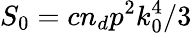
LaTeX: S_{0}=cn_{d}p^{2}k_{0}^{4}/3